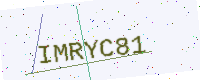
Text: IMRYC81